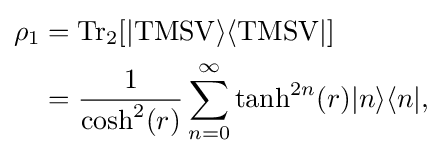
{\begin{aligned}\rho _{1}&=\mathrm {Tr} _{2}[|\mathrm {TMSV} \rangle \langle \mathrm {TMSV} |]\\&={\frac {1}{\cosh ^{2}(r)}}\sum _{n=0}^{\infty }\tanh ^{2n}(r)|n\rangle \langle n|,\end{aligned}}